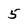
Character: 5